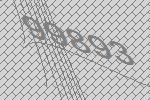
99893